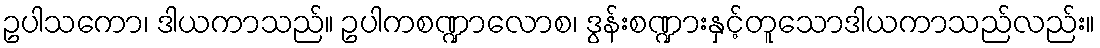
ဥပါသကော၊ ဒါယကာသည်။ ဥပါကစဏ္ဍာလောစ၊ ဒွန်းစဏ္ဍားနှင့်တူသောဒါယကာသည်လည်း။